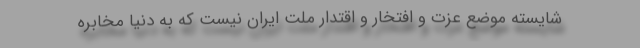
شایسته‌ موضع عزت و افتخار و اقتدار ملت ایران نیست که به دنیا مخابره